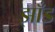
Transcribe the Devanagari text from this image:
झाँड